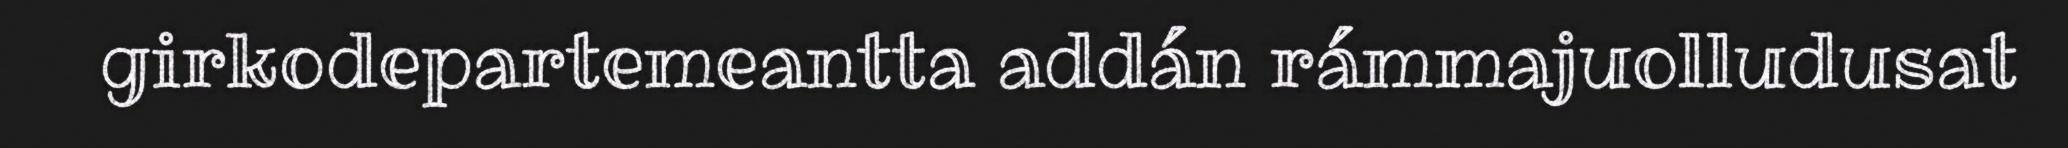
girkodepartemeantta addán rámmajuolludusat